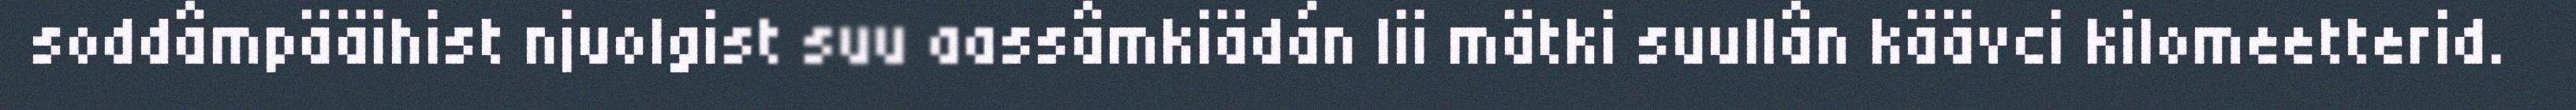
soddâmpääihist njuolgist suu aassâmkiädán lii mätki suullân käävci kilomeetterid.